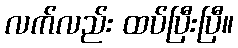
လက်လည်း ထပ်ပြီးပြီ။